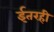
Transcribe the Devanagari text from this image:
ईतरही